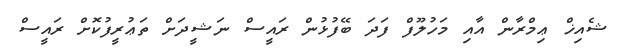
ޝެއިޚް ޢިމްރާން އާއި މަހުލޫފް ފަދަ ބޭފުޅުން ރައީސް ނަޝީދަށް ތަޢުރީފުކޮށް ރައީސް